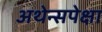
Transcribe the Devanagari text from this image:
अथेन्सपेक्षा